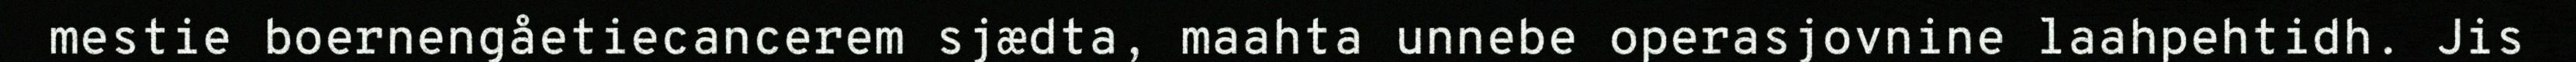
mestie boernengåetiecancerem sjædta, maahta unnebe operasjovnine laahpehtidh. Jis